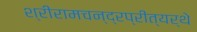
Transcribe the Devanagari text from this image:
श्रीरामचन्द्रप्रीत्यर्थे